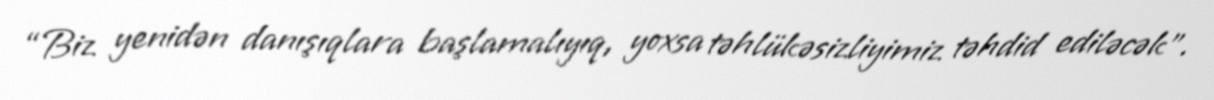
“Biz yenidən danışıqlara başlamalıyıq, yoxsa təhlükəsizliyimiz təhdid ediləcək”.